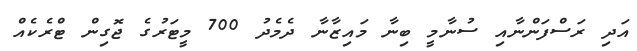
އަދި ރަސްފަންނާއި ސުނާމީ ބިނާ މައިޒާނާ ދެމެދު 700 މީޓަރުގެ ޖޮގިން ޓްރެކެއް